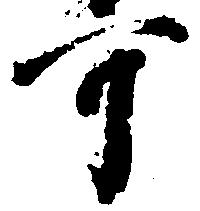
可